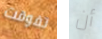
تفوقت أن